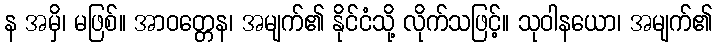
န အမှိ၊ မဖြစ်။ အာဝတ္တေန၊ အမျက်၏ နိုင်ငံသို့ လိုက်သဖြင့်။ သုဝါနယော၊ အမျက်၏